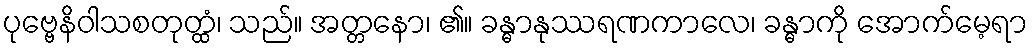
ပုဗ္ဗေနိဝါသစတုတ္ထံ၊ သည်။ အတ္တနော၊ ၏။ ခန္ဓာနုဿရဏကာလေ၊ ခန္ဓာကို အောက်မေ့ရာ